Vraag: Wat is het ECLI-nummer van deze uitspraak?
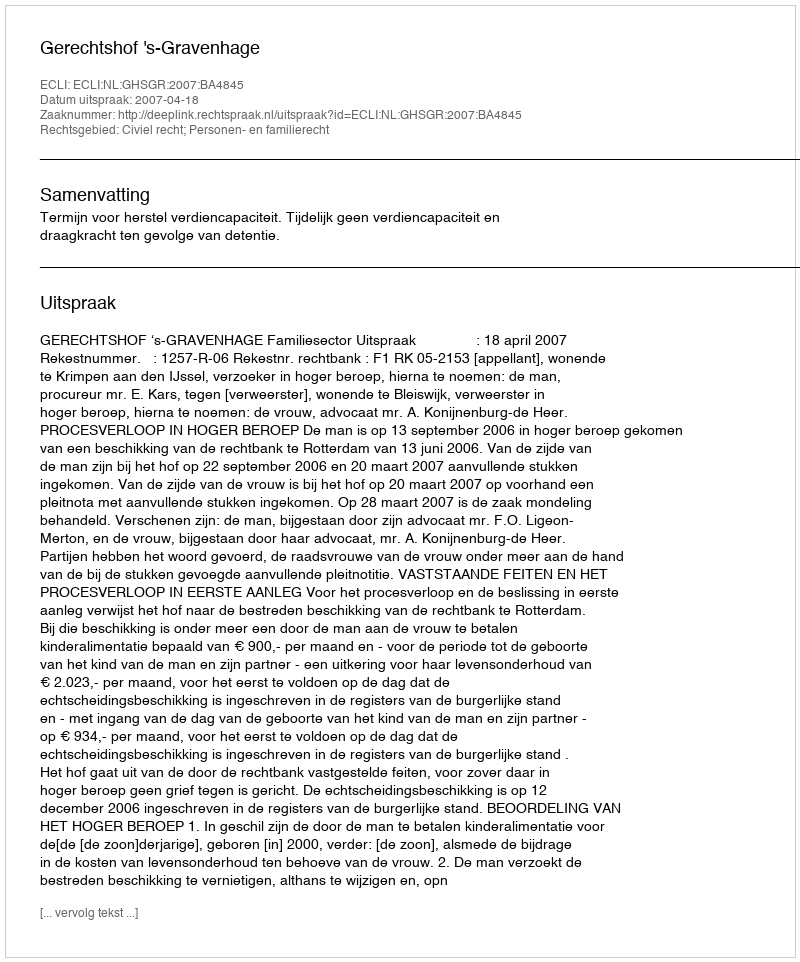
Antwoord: ECLI:NL:GHSGR:2007:BA4845